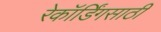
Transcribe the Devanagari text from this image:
रेकॉर्डिंगसाठी